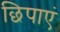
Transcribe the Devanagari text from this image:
छिपाएं